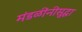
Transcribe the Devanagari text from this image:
मंडळींनीसुद्धा